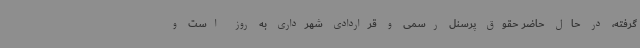
گرفته، در حال حاضر حقوق پرسنل رسمی و قراردادی شهرداری به روز است و